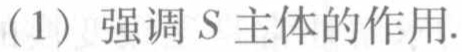
(1) 强调 \(S\) 主体的作用.